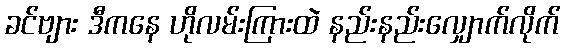
ခင်ဗျား ဒီကနေ ဟိုလမ်းကြားထဲ နည်းနည်းလျှောက်လိုက်